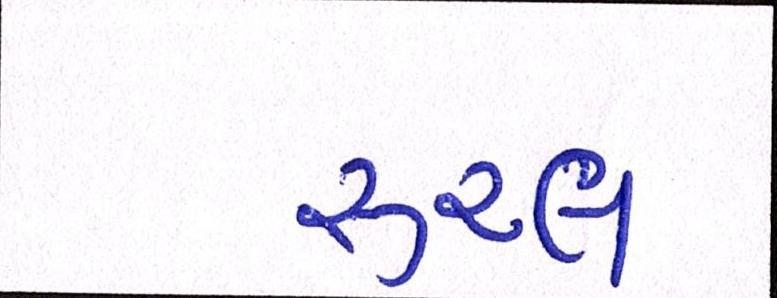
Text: રૂરલ